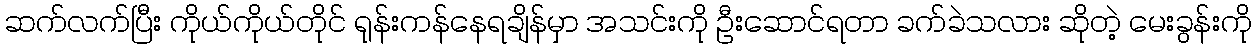
ဆက်လက်ပြီး ကိုယ်ကိုယ်တိုင် ရုန်းကန်နေရချိန်မှာ အသင်းကို ဦးဆောင်ရတာ ခက်ခဲသလား ဆိုတဲ့ မေးခွန်းကို